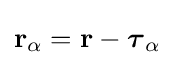
\mathbf {r} _{\alpha }=\mathbf {r} -{\boldsymbol {\tau }}_{\alpha }